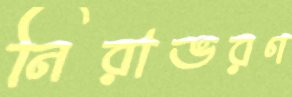
নিরাভরণ